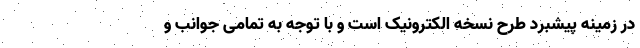
در زمینه پیشبرد طرح نسخه الکترونیک است و با توجه به تمامی جوانب و